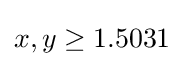
x,y\geq 1.5031